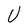
Character: U